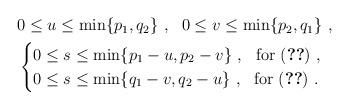
LaTeX: \begin{align*}\begin{aligned} & 0\le u\le \min\{p_1,q_2\} \ , \ \ 0\le v\le \min\{p_2,q_1\} \ , \\ & \begin{cases} 0\le s \le \min\{p_1-u,p_2-v\} \ , \ \ \mbox{for (\ref{psi-1case})} \ , \\ 0\le s \le \min\{q_1-v, q_2-u\} \ , \ \ \mbox{for (\ref{psi-2case})} \ . \end{cases} \end{aligned} \end{align*}